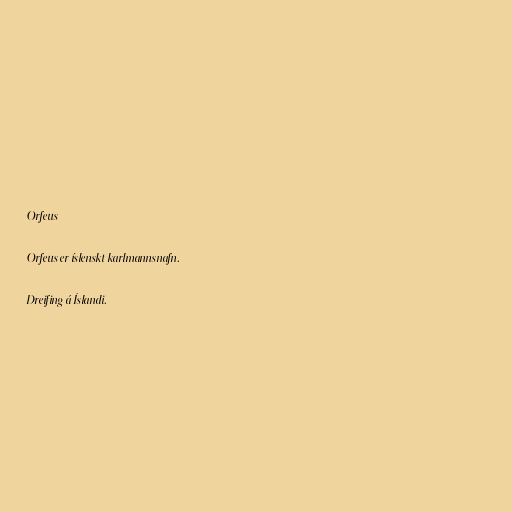
Orfeus

Orfeus er íslenskt karlmannsnafn.

Dreifing á Íslandi.